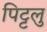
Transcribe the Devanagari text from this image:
पिट्टलु